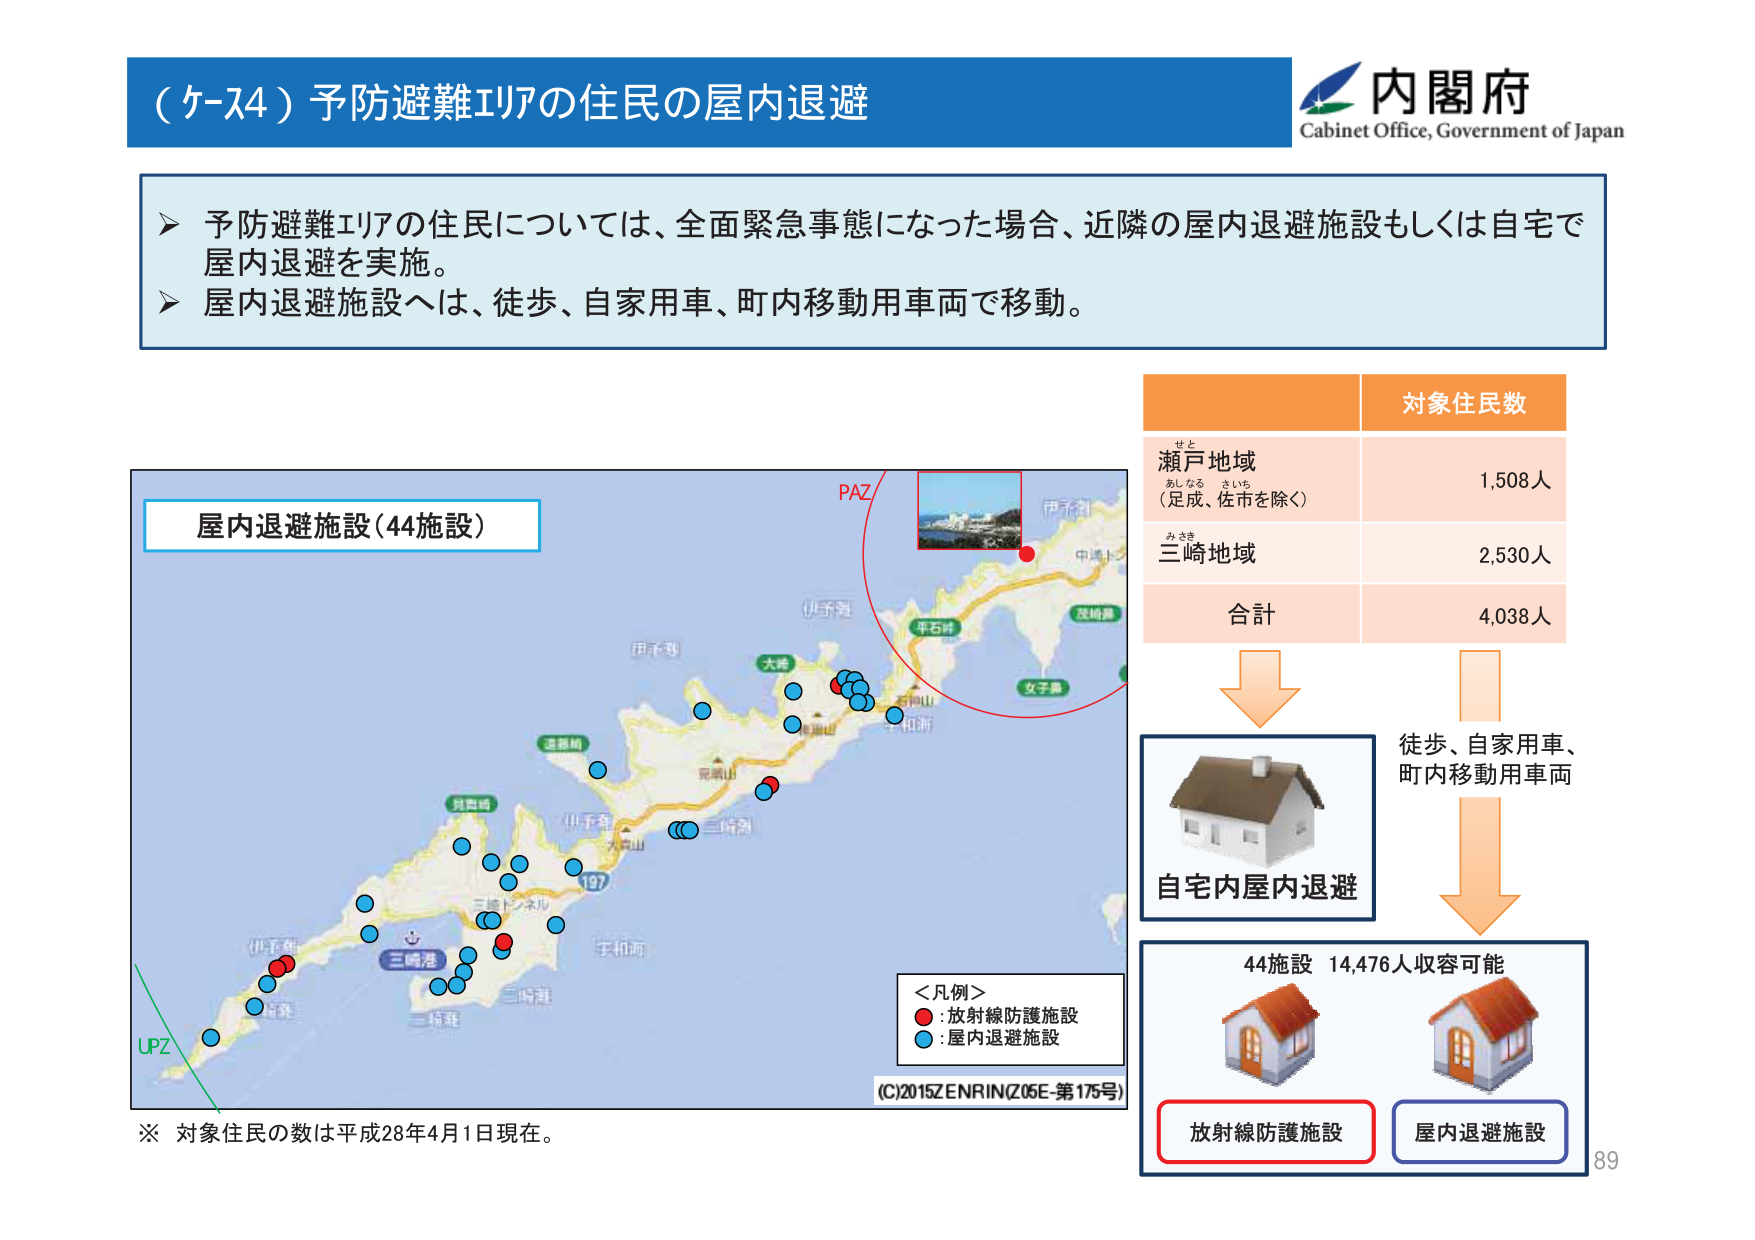
（ケース4）予防避難エリアの住民の屋内退避

内閣府
Cabinet Office, Government of Japan

▶ 予防避難エリアの住民については、全面緊急事態になった場合、近隣の屋内退避施設もしくは自宅で屋内退避を実施。
▶ 屋内退避施設へは、徒歩、自家用車、町内移動用車両で移動。

屋内退避施設（44施設）

PAZ

せと
瀬戸地域
（足成、佐市を除く）
1,508人

みさき
三崎地域
2,530人

合計
4,038人

対象住民数

徒歩、自家用車、
町内移動用車両

自宅内屋内退避

＜凡例＞
● : 放射線防護施設
○ : 屋内退避施設

(C)2015 ZENRIN (Z05E-第175号)

※ 対象住民の数は平成28年4月1日現在。

44施設 14,476人収容可能

放射線防護施設
屋内退避施設

89